Veterinary regulations India, 1935 -
Year: 1935
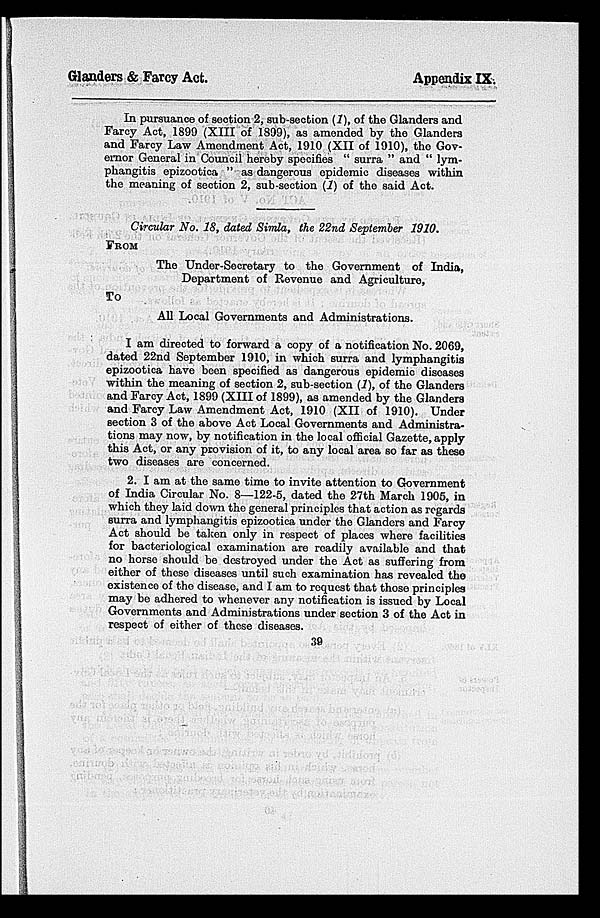
Glanders & Farcy Act.
Appendix IX.
In pursuance of section 2, sub-section (1), of the Glanders and
Farcy Act, 1899 (XIII of 1899), as amended by the Glanders
and Farcy Law Amendment Act, 1910 (XII of 1910), the Gov-
ernor General in Council hereby specifies " surra " and " lym-
phangitis epizootica " as dangerous epidemic diseases within
the meaning of section 2, sub-section (1) of the said Act.
Circular No. 18, dated Simla, the 22nd September 1910.
FROM
The Under-Secretary to the Government of India,
Department of Revenue and Agriculture,
To
All Local Governments and Administrations.
I am directed to forward a copy of a notification No. 2069,
dated 22nd September 1910, in which surra and lymphangitis
epizootica have been specified as dangerous epidemic diseases
within the meaning of section 2, sub-section (1), of the Glanders
and Farcy Act, 1899 (XIII of 1899), as amended by the Glanders
and Farcy Law Amendment Act, 1910 (XII of 1910). Under
section 3 of the above Act Local Governments and Administra-
tions may now, by notification in the local official Gazette, apply
this Act, or any provision of it, to any local area so far as these
two diseases are concerned.
2. I am at the same time to invite attention to Government
of India Circular No. 8—122-5, dated the 27th March 1905, in
which they laid down the general principles that action as regards
surra and lymphangitis epizootica under the Glanders and Farcy
Act should be taken only in respect of places where facilities
for bacteriological examination are readily available and that
no horse should be destroyed under the Act as suffering from
either of these diseases until such examination has revealed the
existence of the disease, and I am to request that those principles
may be adhered to whenever any notification is issued by Local
Governments and Administrations under section 3 of the Act in
respect of either of these diseases.
39